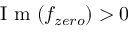
\mathrm { ~ I ~ m ~ } ( f _ { z e r o } ) > 0